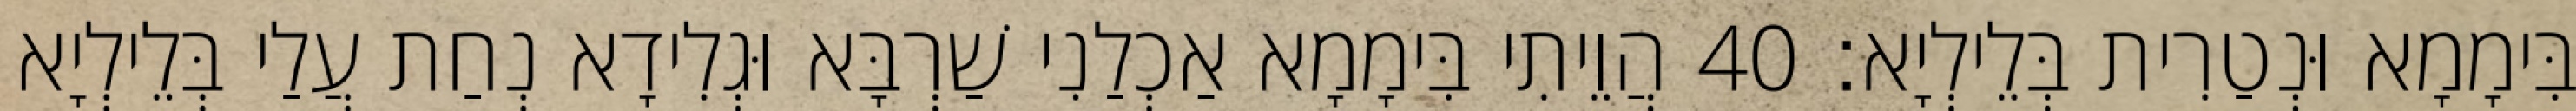
בִּימָמָא וּנְטַרִית בְּלֵילְיָא׃ 40 הֲוֵיתִי בִּימָמָא אַכְלַנִי שַׁרְבָּא וּגְלִידָא נְחַת עֲלַי בְּלֵילְיָא